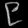
Digit: ၉